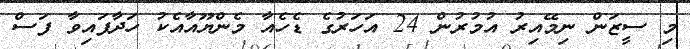
މި ސީޒަން ނިމޭއިރު އުމުރުން 24 އަހަރުގެ ޑެހެއާ މެންޔޫއާއެކު ހަދާފައިވާ ފަސް